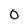
Character: 0